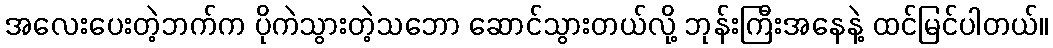
အလေးပေးတဲ့ဘက်က ပိုကဲသွားတဲ့သဘော ဆောင်သွားတယ်လို့ ဘုန်းကြီးအနေနဲ့ ထင်မြင်ပါတယ်။